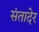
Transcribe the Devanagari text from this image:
संतादेर